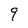
Character: 9